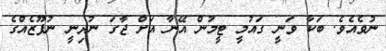
ނުވެއެވެ. ބަކާ ވަނީ ގައުމީ ޓީމުން އޭނާ އަށް ޖާގަ ނުދިނީ ނުފޫޒެއްގެ